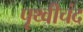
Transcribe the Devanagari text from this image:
पृथ्वीचंद